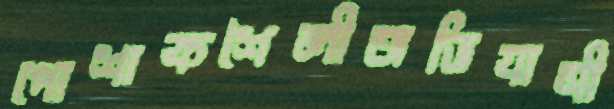
পোশাকশৈলীঅভিযাত্রী